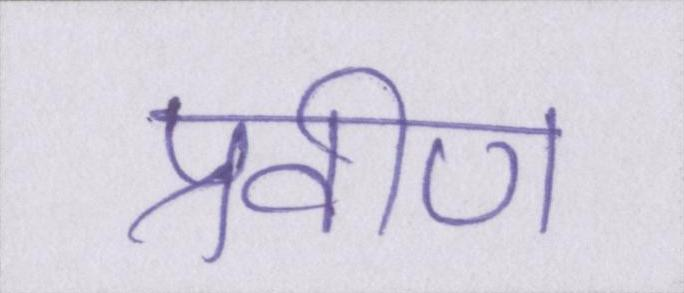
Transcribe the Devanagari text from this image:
प्रवीण